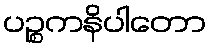
ပဉ္စကနိပါတော